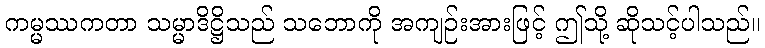
ကမ္မဿကတာ သမ္မာဒိဋ္ဌိသည် သဘောကို အကျဉ်းအားဖြင့် ဤသို့ ဆိုသင့်ပါသည်။